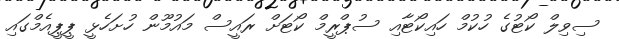
ސިވިލް ކޯޓުގެ ހުކުމް ހައިކޯޓާއި ސުޕްރީމް ކޯޓަށް ރައީސް މައުމޫން ހުށަހެޅީ ޕީޕީއެމްގައި